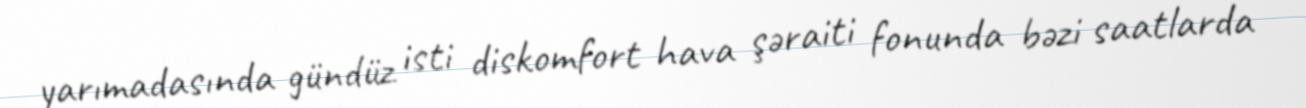
yarımadasında gündüz isti diskomfort hava şəraiti fonunda bəzi saatlarda